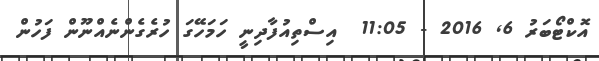
އޮކްޓޯބަރު 6